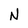
Character: N